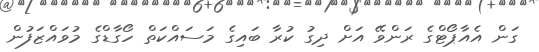
ގަން އެއާޕޯޓްގެ ރަންވޭ އަށް ދިގު ކުރާ ބައިގެ މަސައްކަތް ހޯގާޑްގެ މުވައްޒަފުން